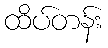
ထိပ်တန်း